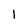
Character: l